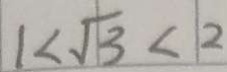
1 < \sqrt { 3 } < 2